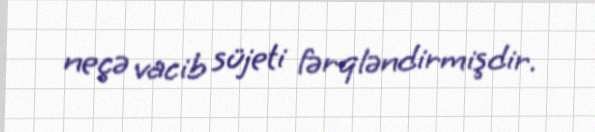
neçə vacib süjeti fərqləndirmişdir.